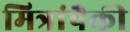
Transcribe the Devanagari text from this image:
मित्रांपैकी